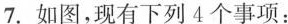
7.如图，现有下列4个事项：